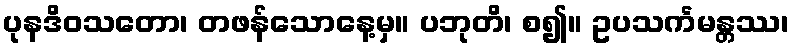
ပုနဒိဝသတော၊ တဖန်သောနေ့မှ။ ပဘုတိ၊ စ၍။ ဥပသင်္ကမန္တဿ၊